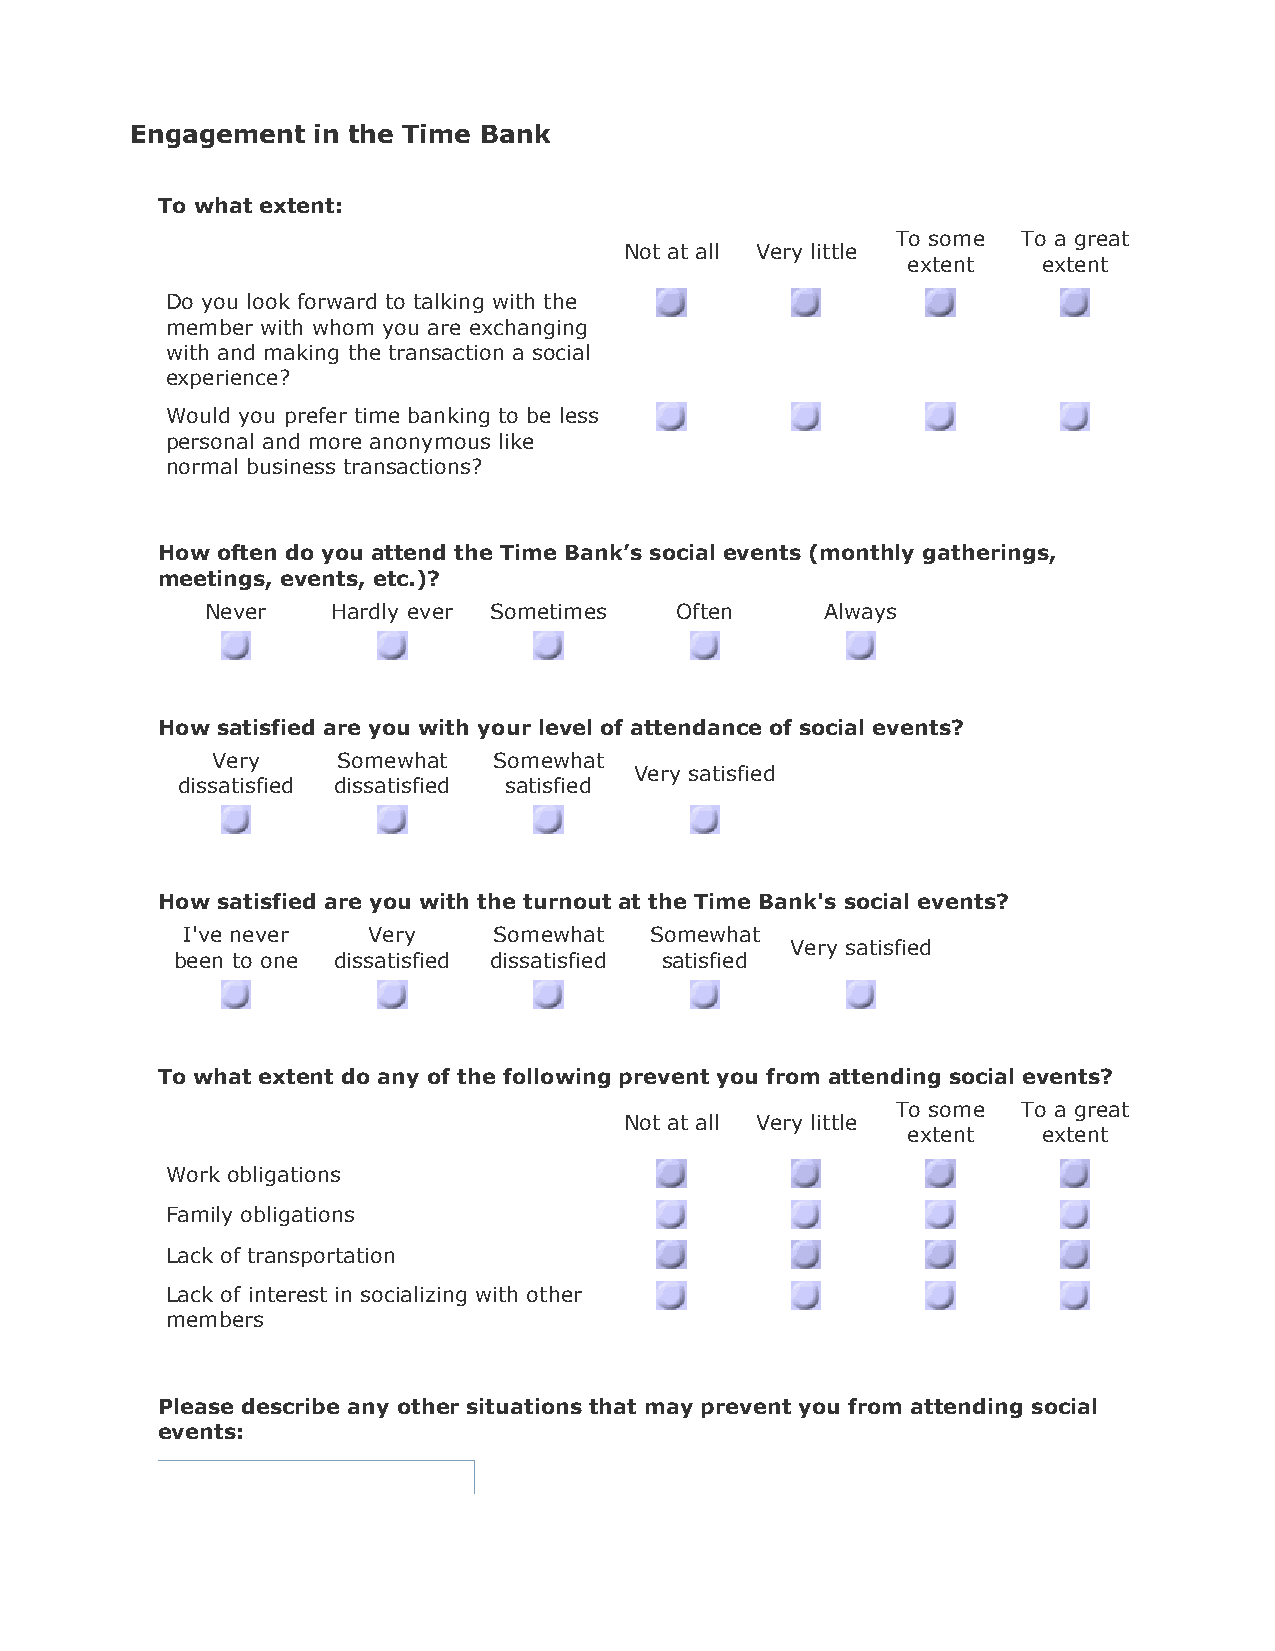
Engagement  in the Time Bank
 To what extent:
 To some  To a great
 Not at all Very little
 extent   extent
 Do you look forward to talking with the
 member with whom you are exchanging
 with and making the transaction a social
 experience?
 Would you prefer time banking to be less
 personal and more anonymous like
 normal business transactions?
 How often do you attend the Time Bank’s social events (monthly gatherings,
 meetings, events, etc.)?
 Never   Hardly ever Sometimes  Often     Always
 How satisfied are you with your level of attendance of social events?
 Very    Somewhat   Somewhat
 Very satisfied
 dissatisfied dissatisfied satisfied
 How satisfied are you with the turnout at the Time Bank's social events?
 I've never  Very     Somewhat  Somewhat
 Very satisfied
 been to one dissatisfied dissatisfied satisfied
 To what extent do any of the following prevent you from attending social events?
 To some  To a great
 Not at all Very little
 extent   extent
 Work obligations
 Family obligations
 Lack of transportation
 Lack of interest in socializing with other
 members
 Please describe any other situations that may prevent you from attending social
 events: